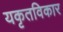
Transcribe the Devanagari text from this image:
यकृतविकार